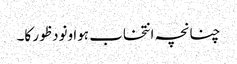
چنانچہ انتخاب ہوا ونود ظور کا۔